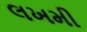
લખમી